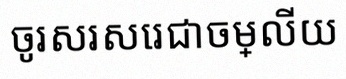
ចូរសរសេរជាចម្លើយ